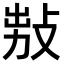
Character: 𢽅